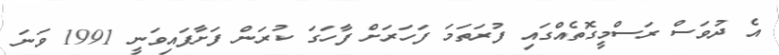
އެ ދުވަސް ރަސްމީގޮތެއްގައި ފުރަތަމަ ފަހަރަށް ފާހަގަ ކުރަން ފަށާފައިވަނީ 1991 ވަނަ